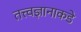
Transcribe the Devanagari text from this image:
तत्त्वज्ञानाकडे